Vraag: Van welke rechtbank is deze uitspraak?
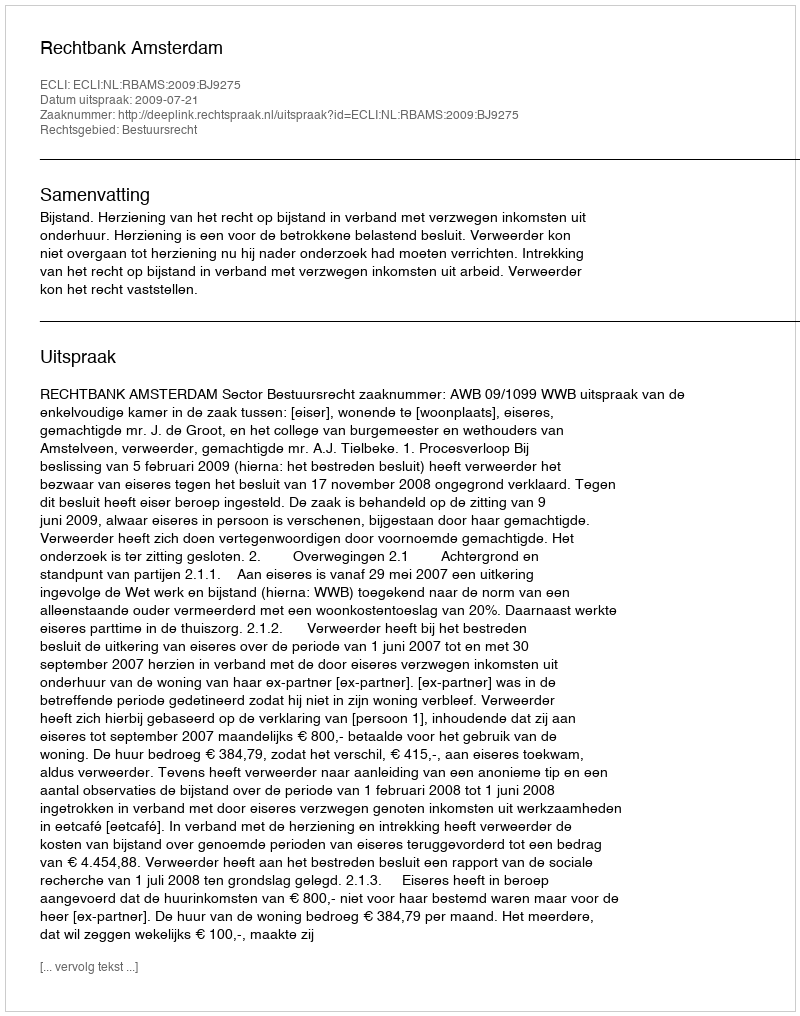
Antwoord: Rechtbank Amsterdam